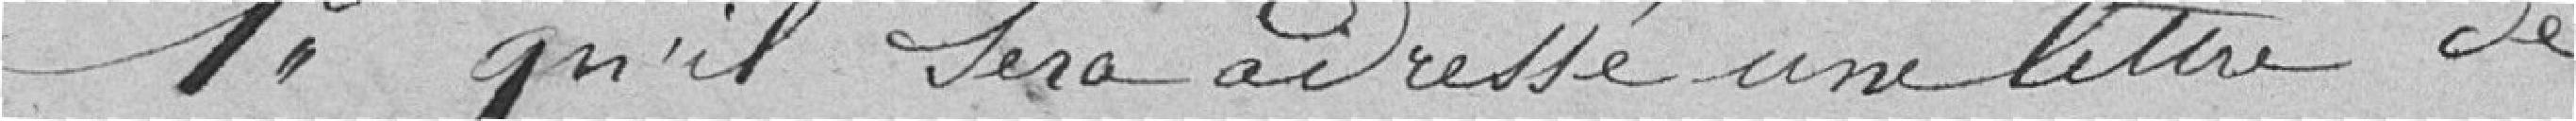
Premièrement, qu'il sera adressé une lettre de